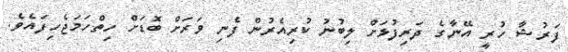
ފަރުޝާ ހުރީ އޭނާގެ ދަރިފުޅަށް ލިބުނު ކުރިއެރުން ފެނި ވަރަށް ބޮޑަށް ހިތްހަމަޖެހިފައެވެ.